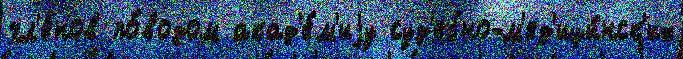
чл'е́нов по́водом акад'е́м'иjу суд'ебно-м'ед'ици́нск'их